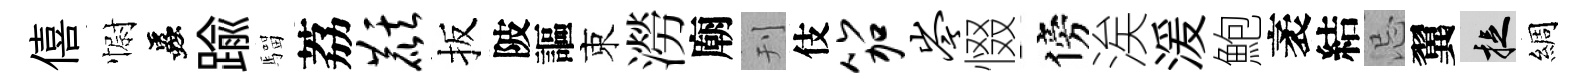
僖𢠢蟲踰騮荔麒扳陂謳束澇廟刊伎笳岑惙傍涘湲鮑袤結忌翼捉綢